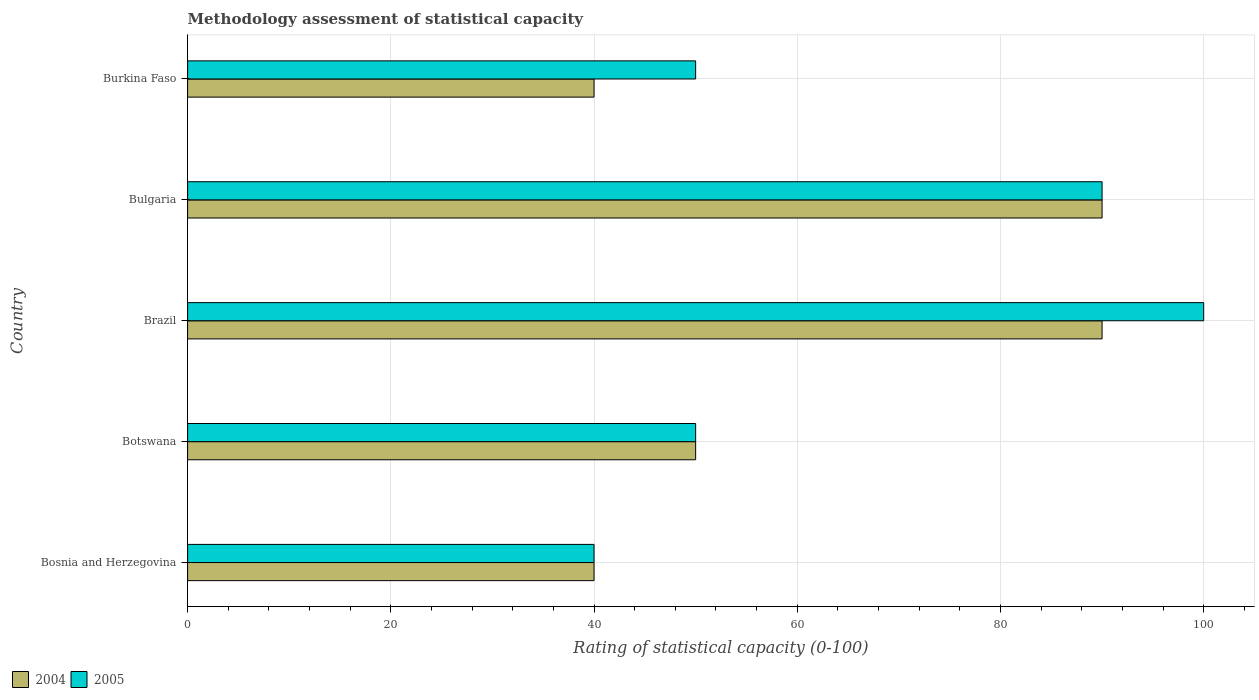
| Country | 2004 | 2005 |
 | --- | --- | --- |
 | Bosnia and Herzegovina | 40 | 40 |
 | Botswana | 50 | 50 |
 | Brazil | 90 | 100 |
 | Bulgaria | 90 | 90 |
 | Burkina Faso | 40 | 50 |